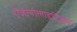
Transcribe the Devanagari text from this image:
एंजायोलाइटिक्स